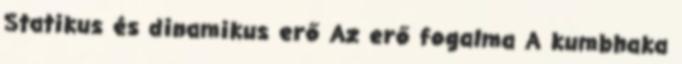
Statikus és dinamikus erő Az erő fogalma A kumbhaka